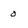
Character: 0